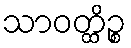
သာဝတ္ထိဉ္စ